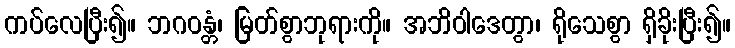
ကပ်လေပြီး၍။ ဘဂဝန္တံ၊ မြတ်စွာဘုရားကို။ အဘိဝါဒေတွာ၊ ရိုသေစွာ ရှိခိုးပြီး၍။